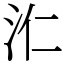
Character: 𣲚